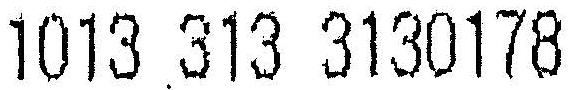
1013 313 3130178